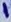
Text: 1